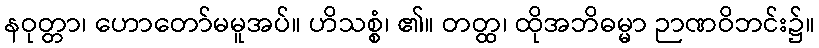
နဝုတ္တာ၊ ဟောတော်မမူအပ်။ ဟိသစ္စံ၊ ၏။ တတ္ထ၊ ထိုအဘိဓမ္မာ ဉာဏဝိဘင်း၌။